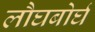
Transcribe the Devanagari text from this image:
लौघबोर्घ